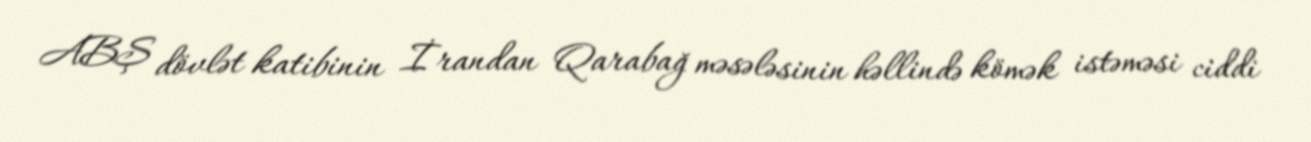
ABŞ dövlət katibinin İrandan Qarabağ məsələsinin həllində kömək istəməsi ciddi